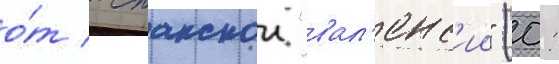
о́т испанскои "вал'енс'ии" (0: